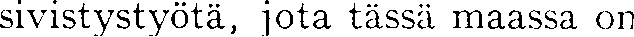
sivistystyötä, jota tässä maassa on